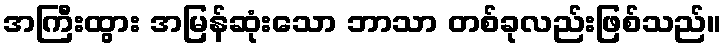
အကြီးထွား အမြန်ဆုံးသော ဘာသာ တစ်ခုလည်းဖြစ်သည်။